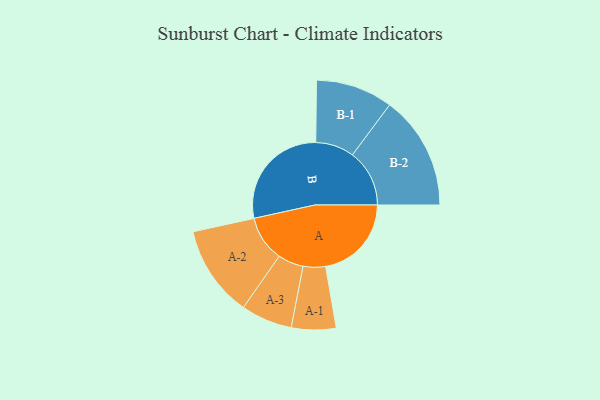
{"axis": {"x": "Segment", "y": "Value"}, "legend": ["", "A", "B"], "data": [{"x": "A", "y": 385, "type": ""}, {"x": "B", "y": 495, "type": ""}, {"x": "A-1", "y": 100, "type": "A"}, {"x": "A-2", "y": 205, "type": "A"}, {"x": "A-3", "y": 115, "type": "A"}, {"x": "B-1", "y": 173, "type": "B"}, {"x": "B-2", "y": 256, "type": "B"}]}